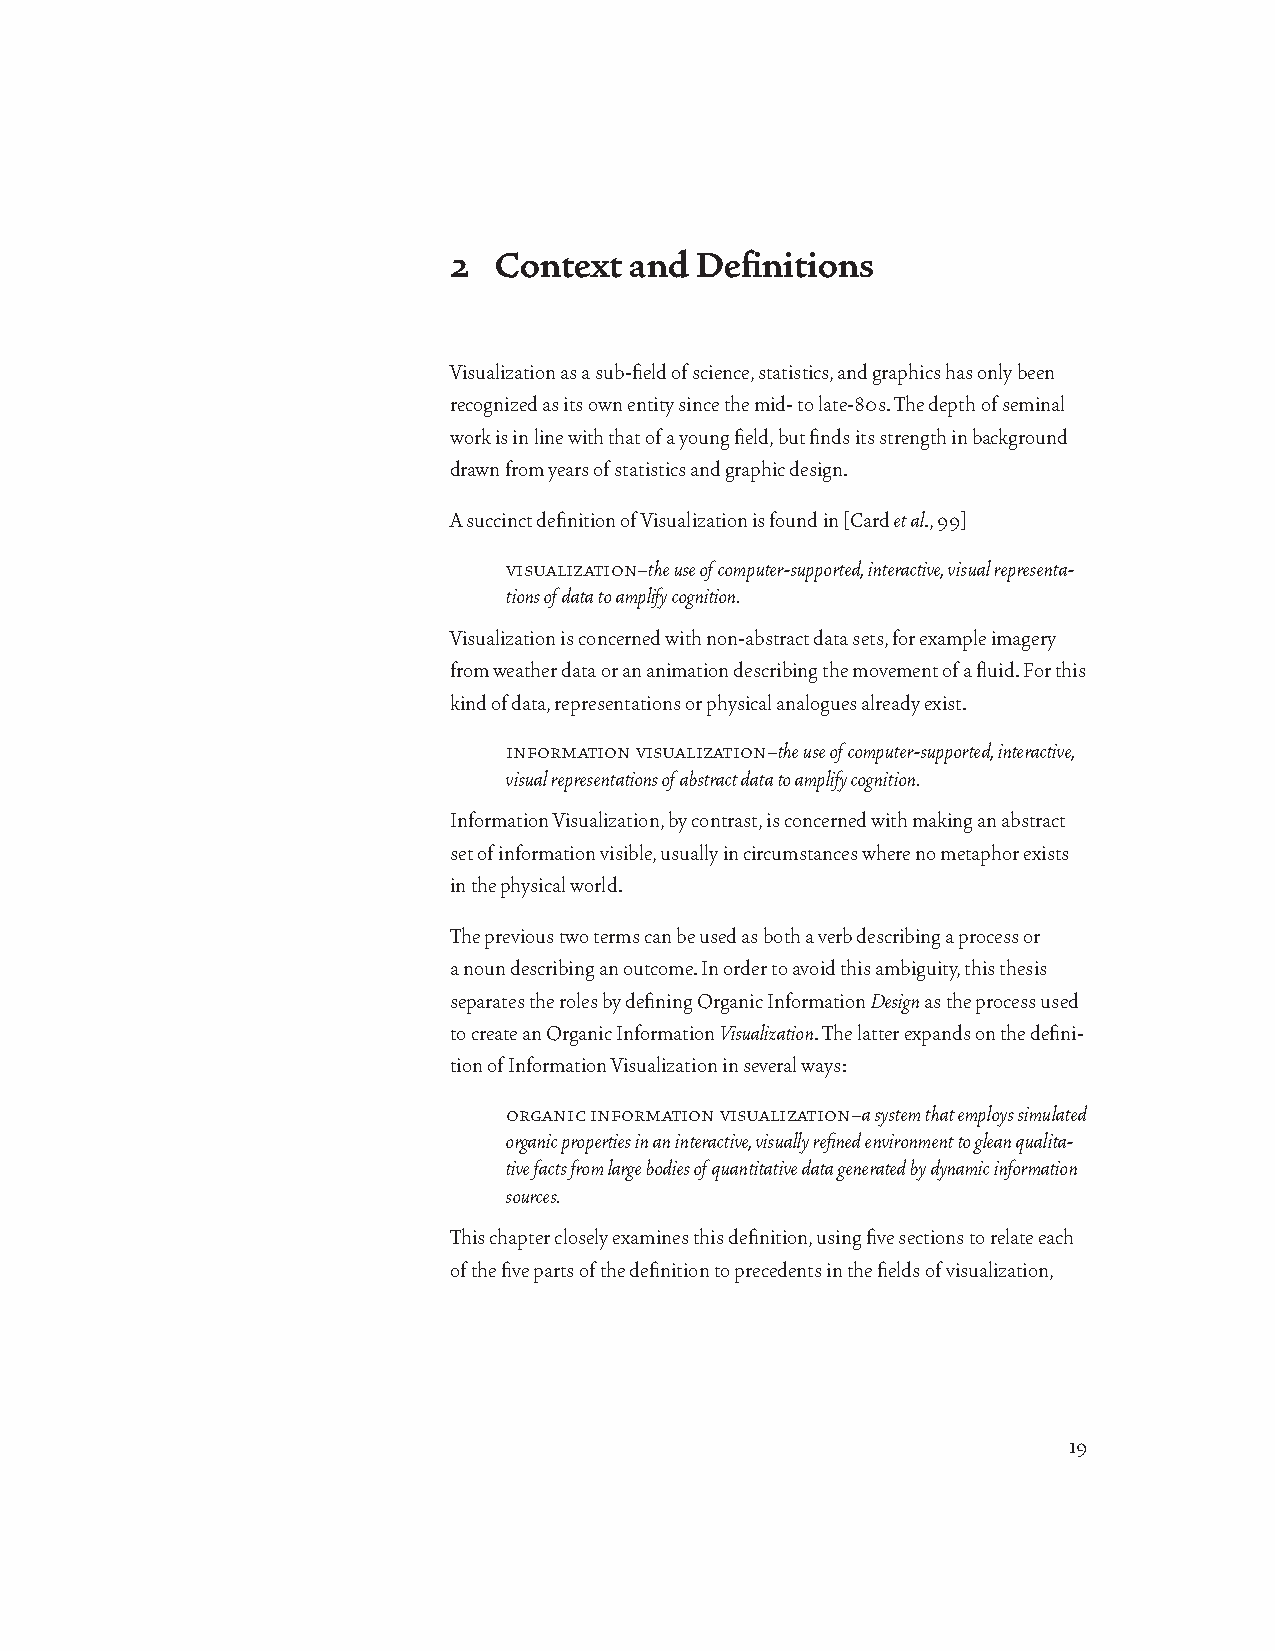
2  Context  and Definitions
 Visualization as a sub-field of science, statistics, and graphics has only been
 recognized as its own entity since the mid- to late-80s. The depth of seminal
 work is in line with that of a young field, but finds its strength in background
 drawn from years of statistics and graphic design.
 A succinct definition of Visualization is found in [Card et al., 99]
 visualization–the use of computer-supported, interactive, visual representa-
 tions of data to amplify cognition.
 Visualization is concerned with non-abstract data sets, for example imagery
 from weather data or an animation describing the movement of a fluid. For this
 kind of data, representations or physical analogues already exist.
 information visualization–the use of computer-supported, interactive,
 visual representations of abstract data to amplify cognition.
 Information Visualization, by contrast, is concerned with making an abstract
 set of information visible, usually in circumstances where no metaphor exists
 in the physical world.
 The previous two terms can be used as both a verb describing a process or
 a noun describing an outcome. In order to avoid this ambiguity, this thesis
 separates the roles by defining Organic Information Design as the process used
 to create an Organic Information Visualization. The latter expands on the defini-
 tion of Information Visualization in several ways:
 organic information visualization–a system that employs simulated
 organic properties in an interactive, visually refined environment to glean qualita-
 tive facts from large bodies of quantitative data generated by dynamic information
 sources.
 This chapter closely examines this definition, using five sections to relate each
 of the five parts of the definition to precedents in the fields of visualization,
 19